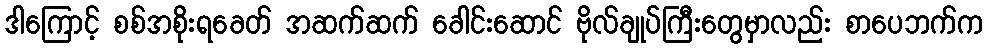
ဒါကြောင့် စစ်အစိုးရခေတ် အဆက်ဆက် ခေါင်းဆောင် ဗိုလ်ချုပ်ကြီးတွေမှာလည်း စာပေဘက်က